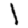
Digit: 1